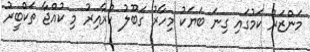
މަންޒަރު ކަމުގައި ގިނަ ބަޔަކު މިހާރު ގަބޫލު ކުރާއިރު މި ކުއްޖާ ތަކްބީރު